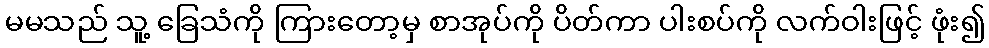
မမသည် သူ့ ခြေသံကို ကြားတော့မှ စာအုပ်ကို ပိတ်ကာ ပါးစပ်ကို လက်ဝါးဖြင့် ဖုံး၍